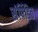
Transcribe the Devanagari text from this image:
संपिंडित